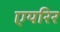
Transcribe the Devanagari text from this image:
एयरिर